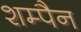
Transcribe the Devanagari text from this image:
शम्पैन